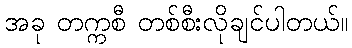
အခု တက္ကစီ တစ်စီးလိုချင်ပါတယ်။